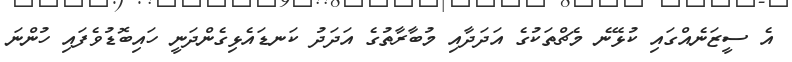
އެ ސީޒަނެއްގައި ކުޅޭނެ މެޗްތަކުގެ އަދަދާއި މުބާރާތުގެ އަދަދު ކަނޑައެޅިގެންދަނީ ހައިބޮޑުވެފައި ހުންނަ